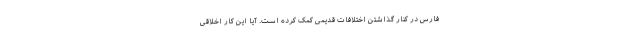
فارس در کنار گذاشتن اختلافات قدیمی کمک کرده است. آیا این کار اخلاقی